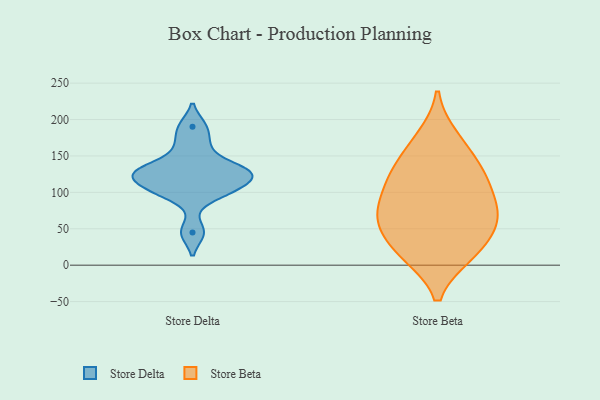
{"axis": {"x": "Production Output", "y": "Value"}, "legend": ["Store Beta", "Store Delta"], "data": [{"x": "", "y": 134, "type": "Store Delta"}, {"x": "", "y": 113, "type": "Store Delta"}, {"x": "", "y": 190, "type": "Store Delta"}, {"x": "", "y": 45, "type": "Store Delta"}, {"x": "", "y": 130, "type": "Store Delta"}, {"x": "", "y": 125, "type": "Store Delta"}, {"x": "", "y": 99, "type": "Store Delta"}, {"x": "", "y": 102, "type": "Store Delta"}, {"x": "", "y": 127, "type": "Store Delta"}, {"x": "", "y": 164, "type": "Store Delta"}, {"x": "", "y": 73, "type": "Store Beta"}, {"x": "", "y": 121, "type": "Store Beta"}, {"x": "", "y": 15, "type": "Store Beta"}, {"x": "", "y": 122, "type": "Store Beta"}, {"x": "", "y": 73, "type": "Store Beta"}, {"x": "", "y": 175, "type": "Store Beta"}, {"x": "", "y": 129, "type": "Store Beta"}, {"x": "", "y": 114, "type": "Store Beta"}, {"x": "", "y": 45, "type": "Store Beta"}, {"x": "", "y": 17, "type": "Store Beta"}, {"x": "", "y": 72, "type": "Store Beta"}, {"x": "", "y": 16, "type": "Store Beta"}, {"x": "", "y": 54, "type": "Store Beta"}, {"x": "", "y": 75, "type": "Store Beta"}, {"x": "", "y": 163, "type": "Store Beta"}]}